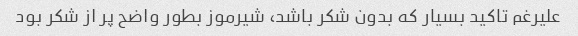
علیرغم تاکید بسیار که بدون شکر باشد، شیرموز بطور واضح پر از شکر بود